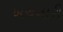
ખચનારી